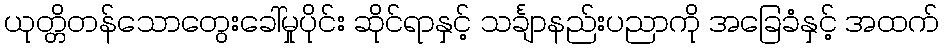
ယုတ္တိတန်သောတွေးခေါ်မှုပိုင်း ဆိုင်ရာနှင့် သင်္ချာနည်းပညာကို အခြေခံနှင့် အထက်